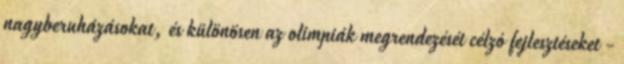
nagyberuházásokat, és különösen az olimpiák megrendezését célzó fejlesztéseket -